Annual report on the Civil Veterinary Department, Burma (including the Insein Veterinary School) - 1923-1931
Year: 1923
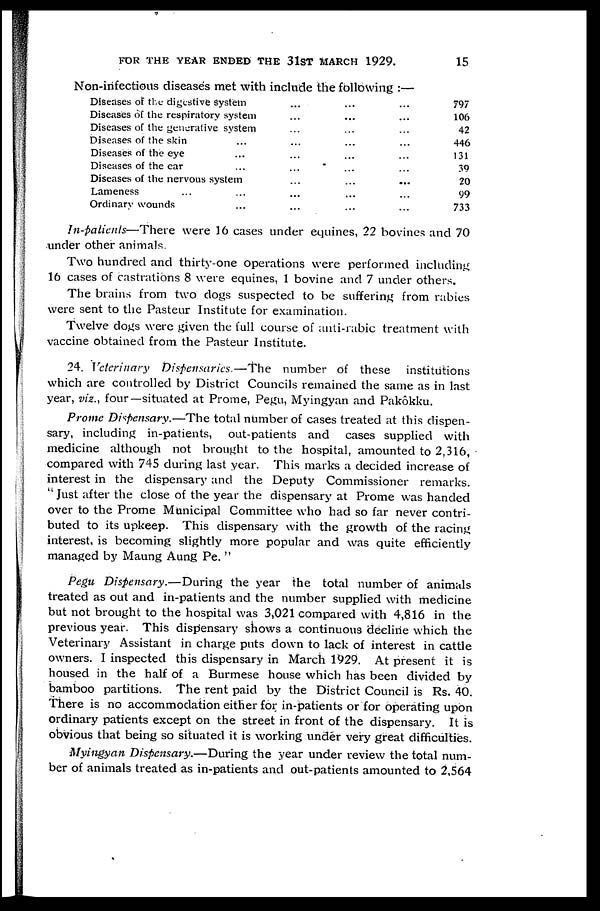
FOR THE YEAR ENDED THE 31ST MARCH 1929.
15
Non-infectious diseases met with include the following :—
Diseases of the digestive system ... ... ...
Diseases of the respiratory system... ... ...
Diseases of the generative system... ... ...
Diseases of the skin ... ... ... ...
Diseases of the eye ... ... ... ...
Diseases of the ear ... ... ... ...
Diseases of the nervous system ... ... ...
Lameness ... ... ... ... ...
Ordinary wounds ... ... ... ...
797
106
42
446
131
39
20
99
733
In-patients—There were 16 cases under equines, 22 bovines and 70
under other animals.
Two hundred and thirty-one operations were performed including
16 cases of castrations 8 were equines, 1 bovine and 7 under others.
The brains from two dogs suspected to be suffering from rabies
were sent to the Pasteur Institute for examination.
Twelve dogs were given the full course of anti-rabic treatment with
vaccine obtained from the Pasteur Institute.
24. Veterinary Dispensaries.—The number of these institutions
which are controlled by District Councils remained the same as in last
year, viz., four—situated at Prome, Pegu, Myingyan and Pakôkku.
Prome Dispensary.—The total number of cases treated at this dispen-
sary, including in-patients, out-patients and cases supplied with
medicine although not brought to the hospital, amounted to 2,316,
compared with 745 during last year. This marks a decided increase of
interest in the dispensary and the Deputy Commissioner remarks.
" Just after the close of the year the dispensary at Prome was handed
over to the Prome Municipal Committee who had so far never contri-
buted to its upkeep. This dispensary with the growth of the racing
interest, is becoming slightly more popular and was quite efficiently
managed by Maung Aung Pe. "
Pegu Dispensary.—During the year the total number of animals
treated as out and in-patients and the number supplied with medicine
but not brought to the hospital was 3,021 compared with 4,816 in the
previous year. This dispensary shows a continuous decline which the
Veterinary Assistant in charge puts down to lack of interest in cattle
owners. I inspected this dispensary in March 1929. At present it is
housed in the half of a Burmese house which has been divided by
bamboo partitions. The rent paid by the District Council is Rs. 40.
There is no accommodation either for in-patients or for operating upon
ordinary patients except on the street in front of the dispensary. It is
obvious that being so situated it is working under very great difficulties.
Myingyan Dispensary.—During the year under review the total num-
ber of animals treated as in-patients and out-patients amounted to 2,564